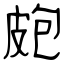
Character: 皰